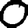
Digit: 0